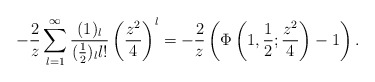
\begin{align*}-\frac{2}{z}\sum_{l=1}^\infty \frac{(1)_l}{(\frac 12)_l l!}\left( \frac{z^2}{4}\right)^l = -\frac{2}{z}\left( \Phi\left(1,\frac 12;\frac{z^2}{4}\right)-1\right).\end{align*}